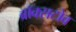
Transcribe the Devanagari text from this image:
ब्रॉक्सटोव